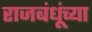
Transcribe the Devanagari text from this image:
राजबंधूंच्या